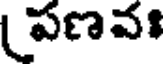
పణవః